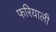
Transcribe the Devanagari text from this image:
फरियाली